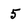
Character: 5